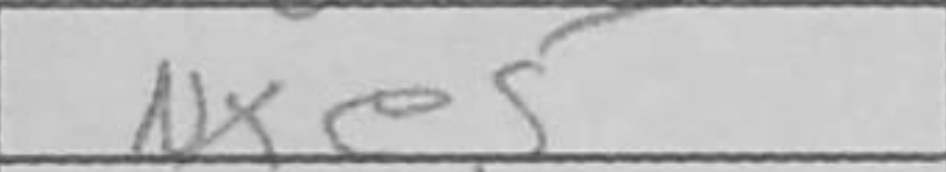
Transcription: Nxe5